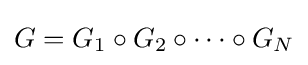
G=G_{1}\circ G_{2}\circ \cdots \circ G_{N}